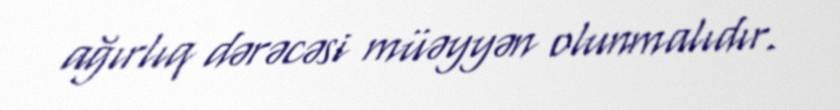
ağırlıq dərəcəsi müəyyən olunmalıdır.